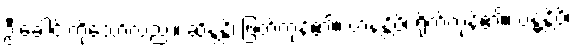
ဦးခေါင်းကိုသော်လည်း။ ဆိန္ဒန္တိ၊ ဖြတ်ကုန်၏။ ဟနန္တိပိ၊ ရိုက်ကုန်၏။ ဗန္ဓန္တိပိ၊